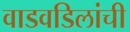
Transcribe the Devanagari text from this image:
वाडवडिलांची